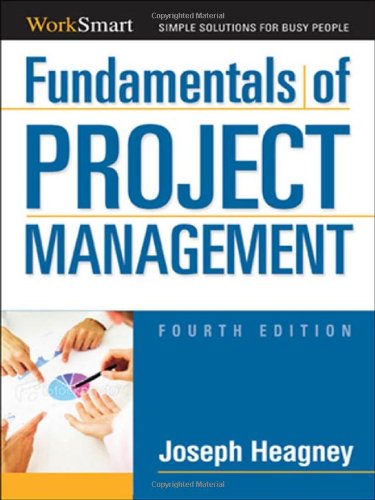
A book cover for Fundamentals of Project Management (Worksmart); Joseph Heagney; Business & Money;